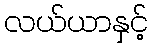
လယ်ယာနှင့်